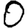
Digit: 0